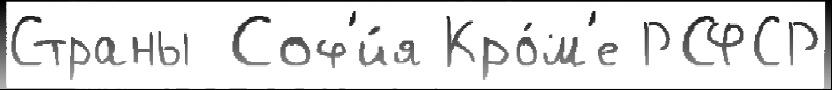
Страны Соф'и́я Кро́м'е РСФСР